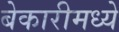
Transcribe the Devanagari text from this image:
बेकारीमध्ये